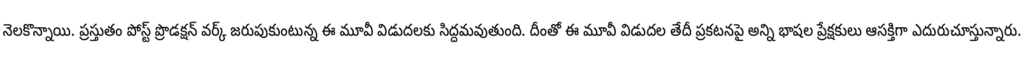
నెలకొన్నాయి. ప్రస్తుతం పోస్ట్ ప్రొడక్షన్ వర్క్ జరుపుకుంటున్న ఈ మూవీ విడుదలకు సిద్దమవుతుంది. దీంతో ఈ మూవీ విడుదల తేదీ ప్రకటనపై అన్ని భాషల ప్రేక్షకులు ఆసక్తిగా ఎదురుచూస్తున్నారు.